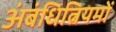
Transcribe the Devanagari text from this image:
अंबंधित्नियमों